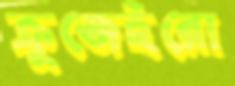
ক্রুজেইরো